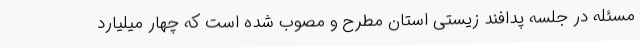
مسئله در جلسه پدافند زیستی استان مطرح و مصوب شده است که چهار میلیارد